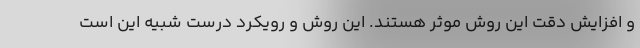
و افزایش دقت این روش موثر هستند. این روش و رویکرد درست شبیه این است